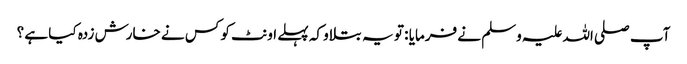
آپ صلی اللہ علیہ وسلم نے فرمایا : تو یہ بتلاو کہ پہلے اونٹ کو کس نے خارش زدہ کیا ہے ؟